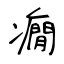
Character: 癇